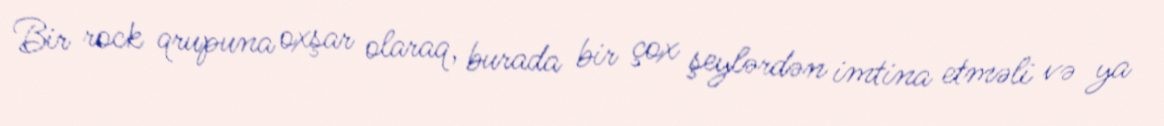
Bir rock qrupuna oxşar olaraq, burada bir çox şeylərdən imtina etməli və ya